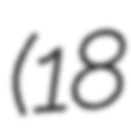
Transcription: (18